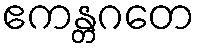
ဧကန္တဂတေ